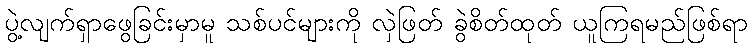
ပွဲ့လျက်ရှာဖွေခြင်းမှာမူ သစ်ပင်များကို လှဲဖြတ် ခွဲစိတ်ထုတ် ယူကြရမည်ဖြစ်ရာ